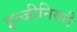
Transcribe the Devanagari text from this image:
इन्जीनियरी